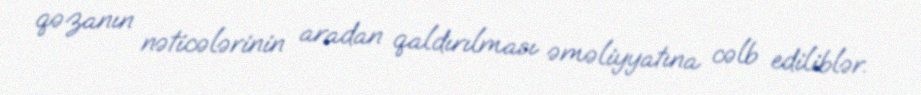
qəzanın nəticələrinin aradan qaldırılması əməliyyatına cəlb ediliblər.